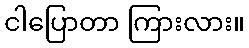
ငါပြောတာ ကြားလား။